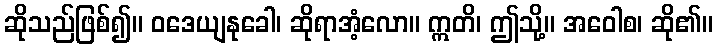
ဆိုသည်ဖြစ်၍။ ဝဒေယျနုခေါ၊ ဆိုရာအံ့လော။ ဣတိ၊ ဤသို့။ အဝေါစ၊ ဆို၏။